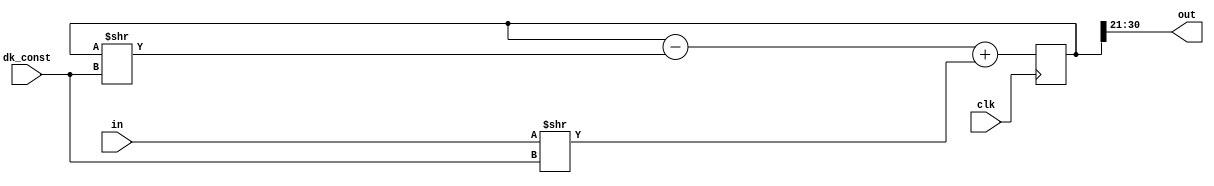
//#############################################################################
// MODIFIED BY ANNIE (WEI) DAI FOR AVERAGING 5-6BITS AT VGA_CLK
// SPRING 2013
// ALL INPUTS ARE ASSUMED TO BE POSITIVE IN THIS MODULE
//#############################################################################
/////////////////////////////////////////////////////
//// Time weighted average amplitude          ///////
/////////////////////////////////////////////////////
module average (out, in, dk_const, clk);

	output wire signed [9:0] out ;
	
	input wire signed [31:0] in ;
	input wire [4:0] dk_const ;
	input wire clk;
	reg signed [31:0] fullout;
	wire signed  [31:0] new_out ;
	//first order lowpass of absolute value of input
	assign new_out = fullout - (fullout>>(dk_const)) + (in>>dk_const) ;
	
	assign out=fullout[30:21];
	always @(posedge clk)
	begin
		 fullout <= new_out ;
	end
endmodule